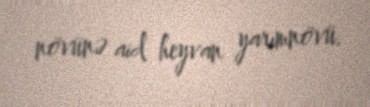
növünə aid heyvan yarımnövü.